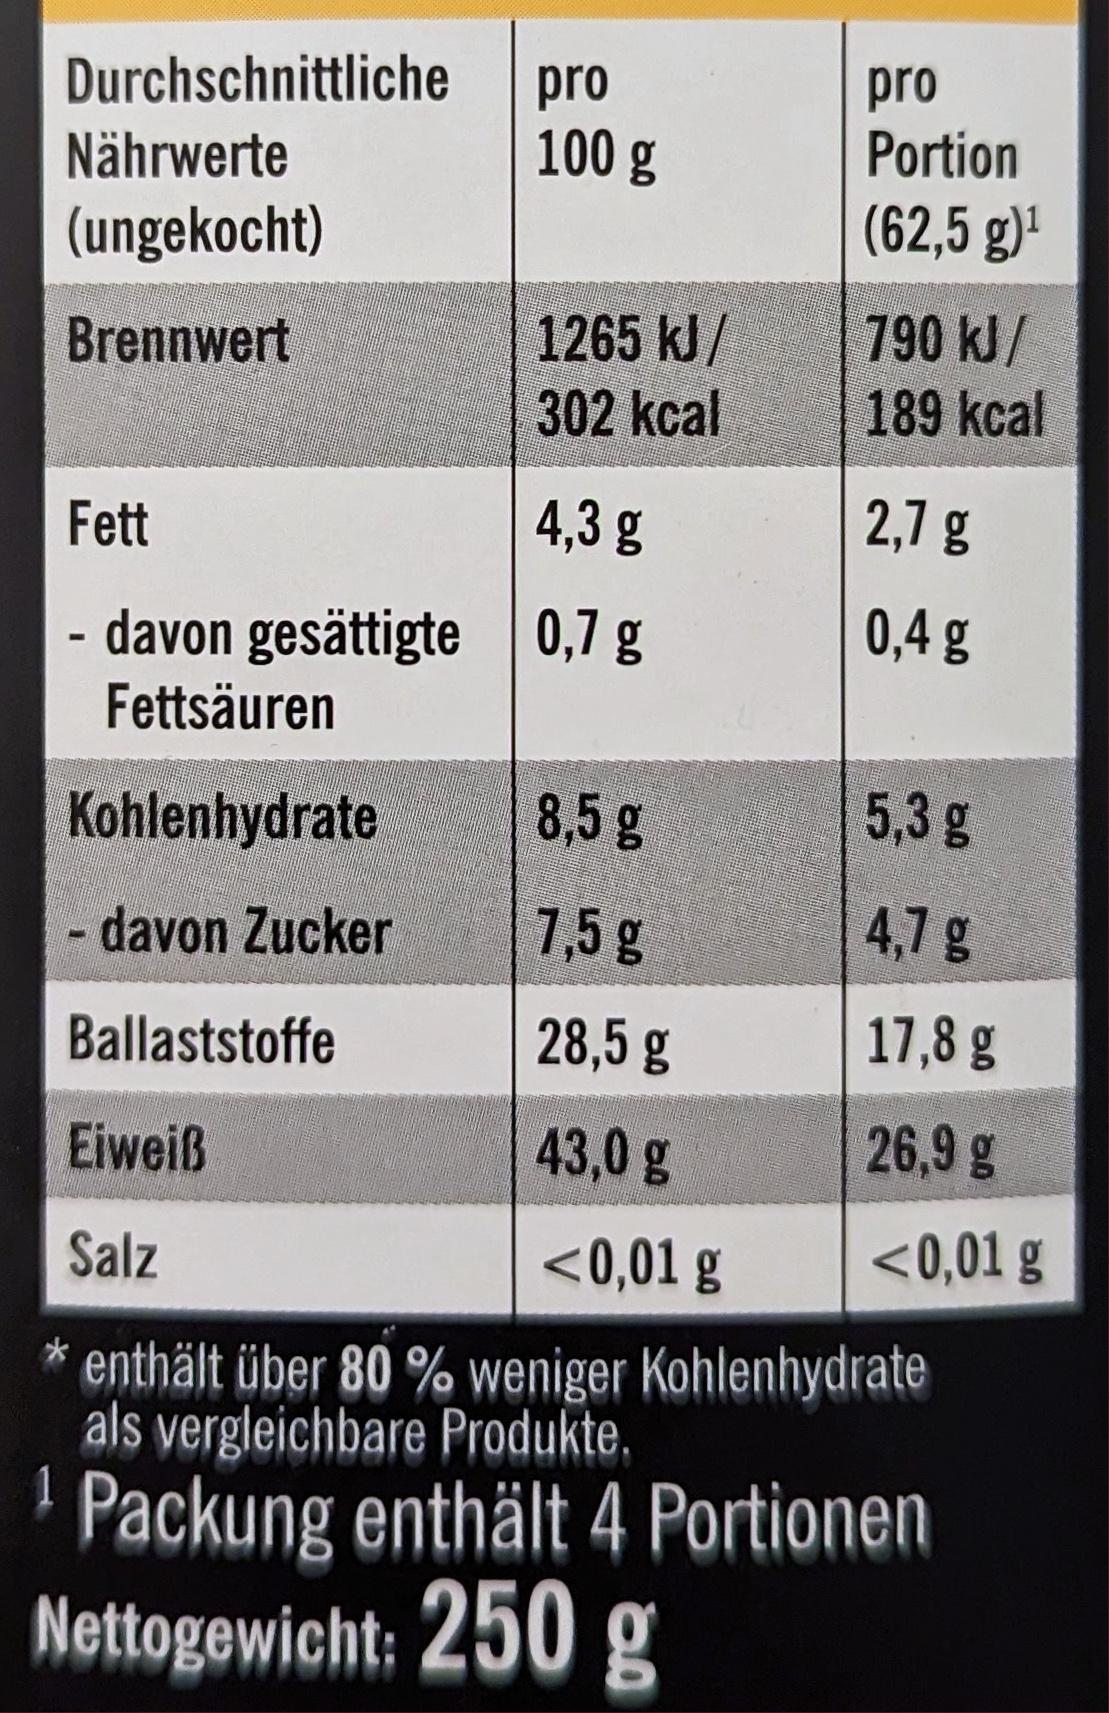
Durchschnittliche
Nährwerte
(ungekocht)
Brennwert
Fett
- davon gesättigte Fettsäuren
Kohlenhydrate
- davon Zucker
Ballaststoffe
pro
100 g
1265 kJ/
302 kcal
4,3 g
0,7 g
8,5 g
7,5 g
28,5 g
43,0 g
<0,01 g
pro Portion
(62,5 g)¹
790 kJ/
189 kcal
2,7 g
0,4 g
5,3 g
4,7 g
17,8 g
26,9 g
<0,01 g
Eiweiß
Salz
* enthält über 80 % weniger Kohlenhydrate als vergleichbare Produkte.
1
Packung enthält 4 Portionen
Nettogewicht: 250 g